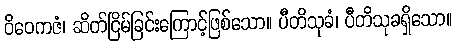
ဝိဝေကဇံ၊ ဆိတ်ငြိမ်ခြင်းကြောင့်ဖြစ်သော။ ပီတိသုခံ၊ ပီတိသုခရှိသော။